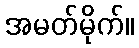
အမတ်မိုက်။